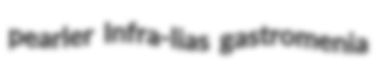
pearler Infra-lias gastromenia